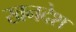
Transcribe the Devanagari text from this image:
खनदेश